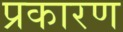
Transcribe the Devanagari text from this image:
प्रकारण